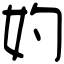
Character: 妁